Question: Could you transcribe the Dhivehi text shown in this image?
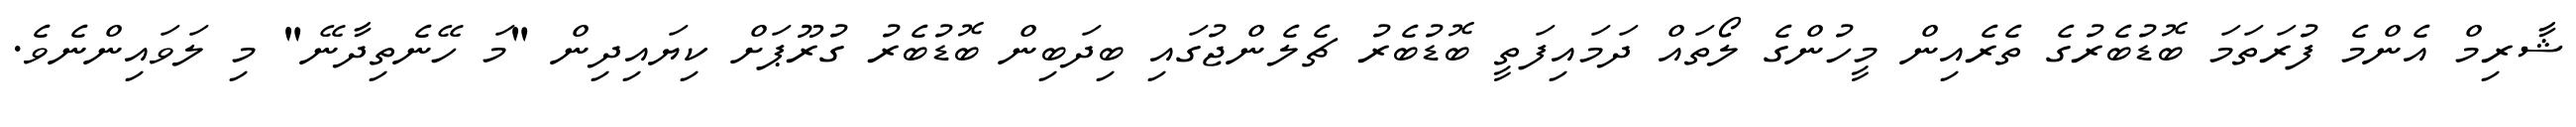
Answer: ޝާރިމް އެންމެ ފުރަތަމަ ބޮޑުބެރުގެ ތެރެއިން މީހުންގެ ލޯތައް ދަމައިފަތީ ބޮޑުބެރު ޗެލެންޖުގައި ބިދަބިން ބޮޑުބެރު ގުރޫޕަށް ކިޔައިދިން "މަ ހޭނެތިދާނޭ" މި ލަވައިންނެވެ.